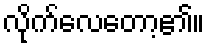
လိုက်လေတော့၏။